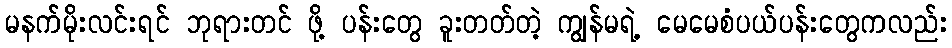
မနက်မိုးလင်းရင် ဘုရားတင် ဖို့ ပန်းတွေ ခူးတတ်တဲ့ ကျွန်မရဲ့ မေမေစံပယ်ပန်းတွေကလည်း